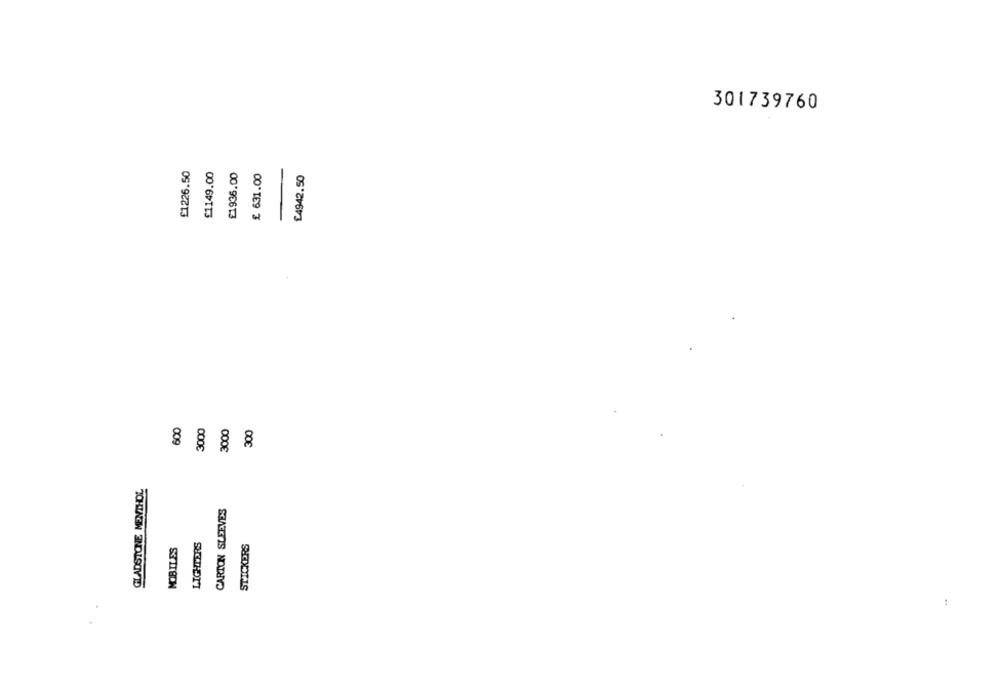
301739760
£1226.50
£1149.00
£1936.00
£ 631.00
£4942.50
600
3000
300
3000
GLADSTONE MENTHOL
CARTON SLEEVES
LIGHTERS
STICKERS
MOBILES